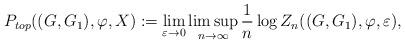
LaTeX: \begin{align*}P_{top}((G,G_1),\varphi, X):=\lim_{\varepsilon \to 0} \limsup_{n \to \infty} \frac{1}{n} \log Z_n((G,G_1),\varphi, \varepsilon),\end{align*}